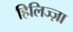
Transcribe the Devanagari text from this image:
हिलिज्ज़ा